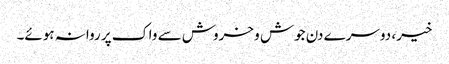
خیر، دوسرے دن جوش و خروش سے واک پر روانہ ہوئے۔